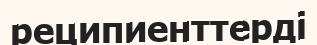
реципиенттерді